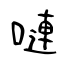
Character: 嗹